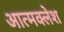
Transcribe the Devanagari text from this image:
आत्मक्लेश